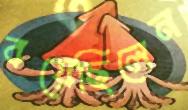
বয়েছিলেন